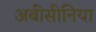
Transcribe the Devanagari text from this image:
अबीसीनिया